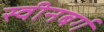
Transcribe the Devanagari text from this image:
स्वीनबर्ग